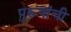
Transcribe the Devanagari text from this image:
पुरूषांची